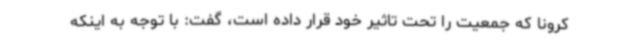
کرونا که جمعیت را تحت تاثیر خود قرار داده است، گفت: با توجه به اینکه